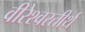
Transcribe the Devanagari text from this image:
वीरेश्वरतीर्थ